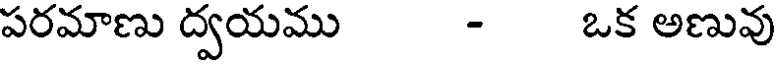
పరమాణు ద్వయము - ఒక అణువు